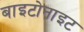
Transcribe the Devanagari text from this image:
बाइटोनाइट